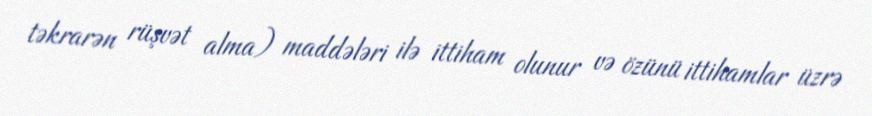
təkrarən rüşvət alma) maddələri ilə ittiham olunur və özünü ittihamlar üzrə